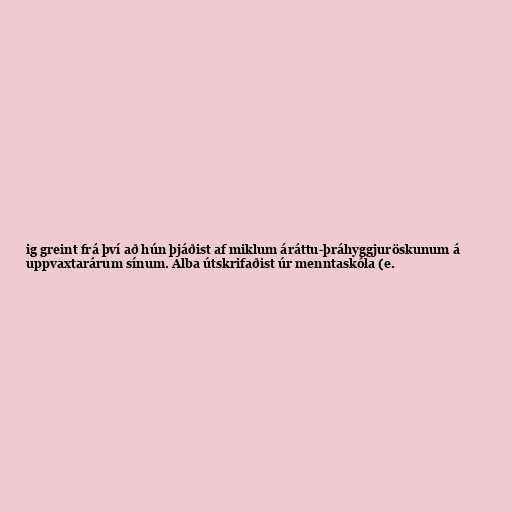
ig greint frá því að hún þjáðist af miklum áráttu-þráhyggjuröskunum á
uppvaxtarárum sínum. Alba útskrifaðist úr menntaskóla (e.